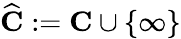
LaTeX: {\widehat{\mathbf{C}}}:=\mathbf{C}\cup\{ \infty\}